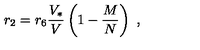
r _ { 2 } = r _ { 6 } { \frac { V _ { * } } { V } } \left( 1 - { \frac { M } { N } } \right) \ ,